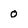
Character: 0